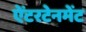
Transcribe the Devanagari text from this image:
ऐंटरटेनमेंट